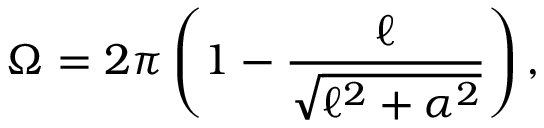
\Omega = 2 \pi \left( 1 - \frac { \ell } { \sqrt { \ell ^ { 2 } + \alpha ^ { 2 } } } \right) ,